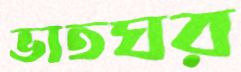
ভাতঘর